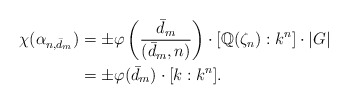
\begin{align*}\chi(\alpha_{n,\bar{d}_m}) &= \pm \varphi \left( \frac{\bar{d}_m}{(\bar{d}_m,n)} \right) \cdot [\mathbb{Q}(\zeta_n): k^n] \cdot |G| \\&= \pm \varphi(\bar{d}_m) \cdot [k:k^n].\end{align*}